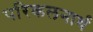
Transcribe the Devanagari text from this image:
परिकलनार्थ